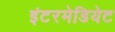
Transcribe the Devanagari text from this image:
इंटरमेडियेट